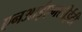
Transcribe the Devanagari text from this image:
एनआईएमसीईटी